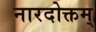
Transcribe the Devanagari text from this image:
नारदोक्तम्